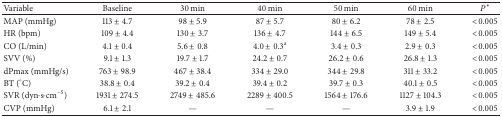
| Variable | Baseline | 30 min | 40 min | 50 min | 60 min | P∗ |
 | --- | --- | --- | --- | --- | --- | --- |
 | MAP (mmHg) | 113 ± 4.7 | 98 ± 5.9 | 87 ± 5.7 | 80 ± 6.2 | 78 ± 2.5 | <0.005 |
 | HR (bpm) | 109 ± 4.4 | 130 ± 3.7 | 136 ± 4.7 | 144 ± 6.5 | 149 ± 5.4 | <0.005 |
 | CO (L/min) | 4.1 ± 0.4 | 5.6 ± 0.8 | 4.0 ± 0.3a | 3.4 ± 0.3 | 2.9 ± 0.3 | <0.005 |
 | SVV (%) | 9.1 ± 1.3 | 19.7 ± 1.7 | 24.2 ± 0.7 | 26.2 ± 0.6 | 26.8 ± 1.3 | <0.005 |
 | dPmax (mmHg/s) | 763 ± 98.9 | 467 ± 38.4 | 334 ± 29.0 | 344 ± 29.8 | 311 ± 33.2 | <0.005 |
 | BT (°C) | 38.8 ± 0.4 | 39.2 ± 0.4 | 39.4 ± 0.2 | 39.7 ± 0.3 | 40.1 ± 0.5 | <0.005 |
 | SVR (dyn·s·cm−5) | 1931 ± 274.5 | 2749 ± 485.6 | 2289 ± 400.5 | 1564 ± 176.6 | 1127 ± 104.3 | <0.005 |
 | CVP (mmHg) | 6.1 ± 2.1 | — | — | — | 3.9 ± 1.9 | <0.005 |